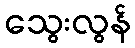
သွေးလွန်